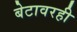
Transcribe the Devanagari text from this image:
बेटावरही